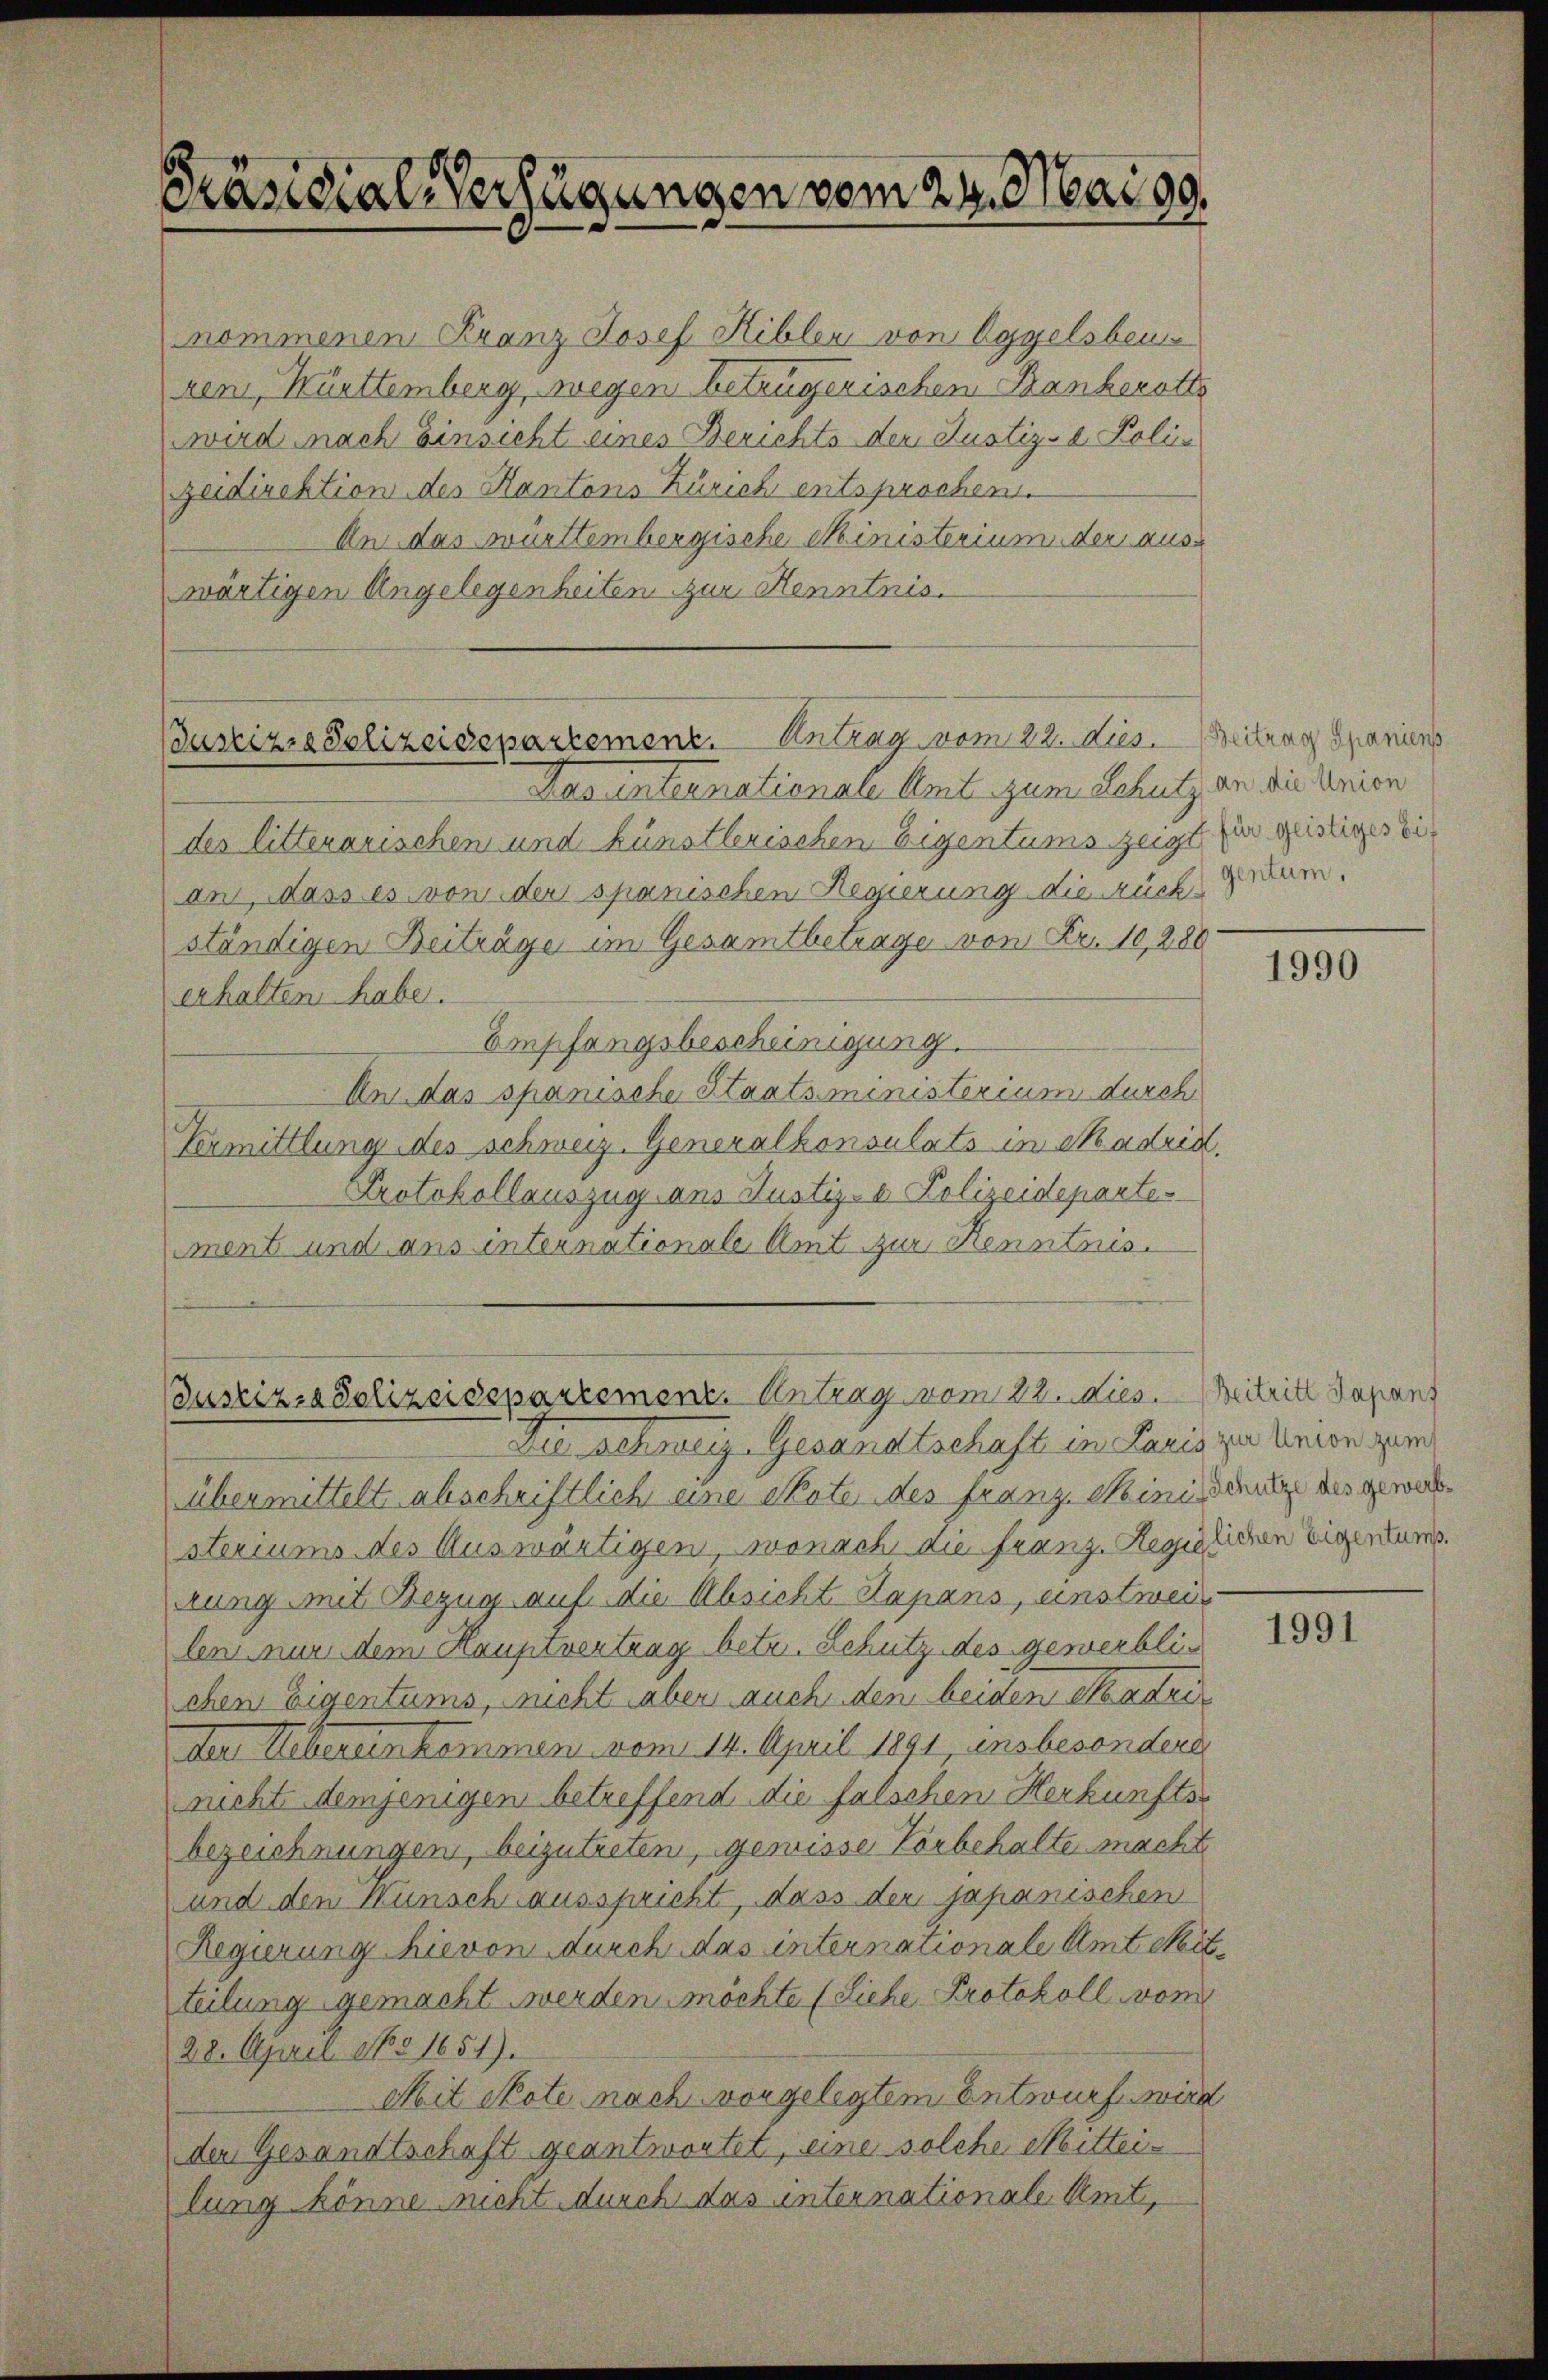
Präsidial-Verfügungen vom 24. Mai 99,

nommenen Kranz Josef Hiblen von Eggelsbeu
ren, Württemberg, wegen betrügerischen Bankerotte
wird nach Einsicht eines Berichts der Justiz- & Polizeidirektion des Kantons Zürich entsprochen.
An das württembergische Ministerium der auswärtigen Angelegenheiten zur Kenntnis.

Justizia Polizeidepartement. Antrag vom 22. Dies. Beitrag Spaniens

Bustiz- & Polizeidepartement. Antrag vom 22. dies

Das internationale Amt zum Schutz, an die Union
des litterarischen und künstlerischen Eigentums zeigt, zur geistiger Eian, dass es von der spanischen Regierung die rückständigen Beiträge im Gesamtbetrage von Fr. 10,280
erhalten habe.
Empfangsbescheinigung.
Un das spanische Staatsministerium durch
Vermittlung des Schweiz. Generalkonsulats in Madrid.
Protokollauszug aus Justiz- & Polizeideparte
ment und aus internationale Amt zur Kenntnis

gentum.

Die schweiz. Gesandtschaft in Lauis zu Anton gern
übermittelt abschriftlich eine Note des franz Ministenz des geworsteriums des Auswärtigen, wonach die Franz. Regiglichen Eigentums.
rung mit Bezug auf die Absicht Kapans, einstweilen nur dem Hauptvertrag betr. Schutz des gewerblic
chen Eigentums, nicht aber auch den beiden Madrider Uebereinkommen vom 14. April 1891, insbesondere,
nicht demjenigen betreffend die falschen Herkunfts-
bezeichnungen, beizutreten, gemisse Vorbehalte macht
und den Wunsch ausspricht, dass der japanischen
Regierung hievon durch das internationale Amt Reitteilung gemacht werden möchte (Siehe Protokoll vom
28. April 185 1651).
Mit Note nach vorgelegtem Entwurf wird
den Gesandtschaft geantwortet, eine solche Mitteilung könne nicht durch das internationale Amt,

1990

Beitritt Japanf

1991